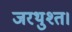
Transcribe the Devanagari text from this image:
जरथुश्त।